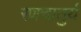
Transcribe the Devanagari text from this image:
रणचातुर्य